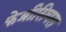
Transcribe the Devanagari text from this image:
फेब्रीसियस